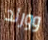
وورلد